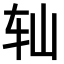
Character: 𫐅